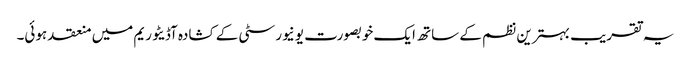
یہ تقریب بہترین نظم کے ساتھ ایک خوبصورت یونیورسٹی کے کشادہ آڈیٹوریم میں منعقد ہوئی۔